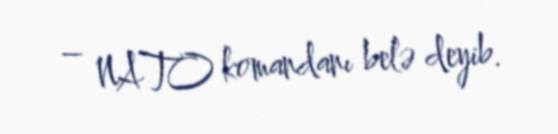
– NATO komandanı belə deyib.